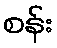
စန်း